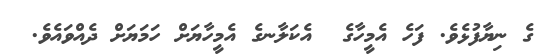
ގެ ނިޔާފުޅެވެ. ފަހެ އެމީހާގެ  އެކަލާނގެ އެމީހާޔަށް ހަމަޔަށް ދެއްވައެވެ.